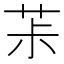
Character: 茮